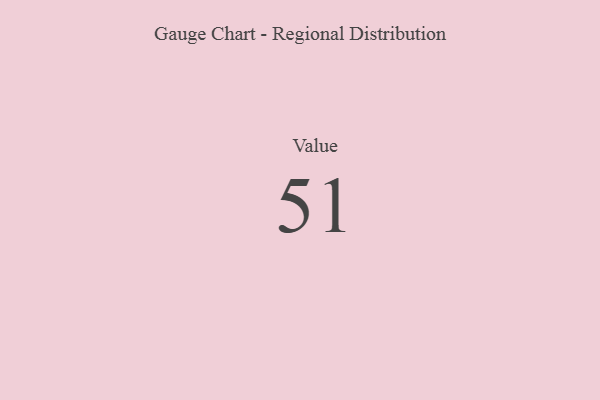
{"axis": {"x": "Metric", "y": "Value"}, "legend": [""], "data": [{"x": "Value", "y": 51, "type": ""}]}